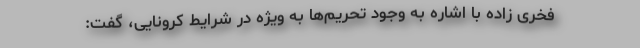
فخری زاده با اشاره به وجود تحریم‌ها به ویژه در شرایط کرونایی، گفت: